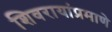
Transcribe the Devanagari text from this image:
शिवरायांप्रमाणे